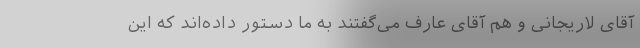
آقای لاریجانی و هم آقای عارف می‌گفتند به ما دستور داده‌اند که این